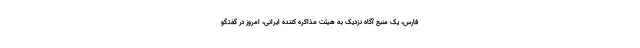
فارس، یک منبع آگاه نزدیک به هیئت مذاکره کننده ایرانی، امروز در گفتگو